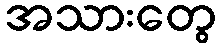
အသားတွေ